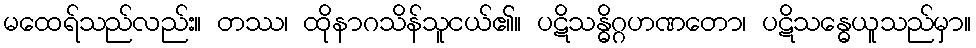
မထေရ်သည်လည်း။ တဿ၊ ထိုနာဂသိန်သူငယ်၏။ ပဋိသန္ဓိဂ္ဂဟဏတော၊ ပဋိသန္ဓေယူသည်မှာ။